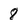
Character: 8